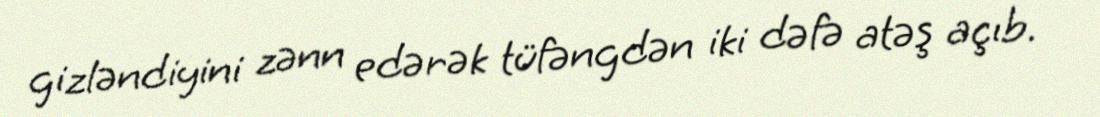
gizləndiyini zənn edərək tüfəngdən iki dəfə atəş açıb.